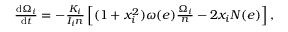
\begin{array} { r } { \frac { \mathrm { d } \Omega _ { i } } { \mathrm { d } t } = - \frac { K _ { i } } { I _ { i } n } \left[ ( 1 + x _ { i } ^ { 2 } ) \omega ( e ) \frac { \Omega _ { i } } { n } - 2 x _ { i } N ( e ) \right] , } \end{array}